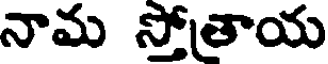
నామ సోతాయ